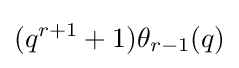
(q^{r+1}+1)\theta _{r-1}(q)